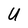
Character: U